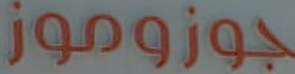
جوزوموز